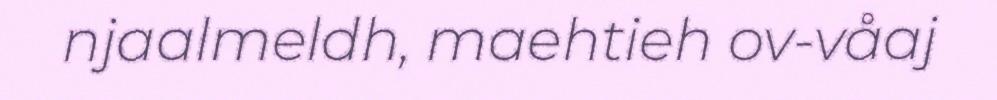
njaalmeldh, maehtieh ov-våaj